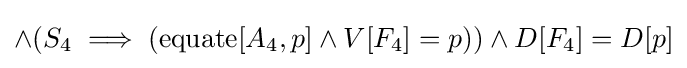
\land (S_{4}\implies (\operatorname {equate} [A_{4},p]\land V[F_{4}]=p))\land D[F_{4}]=D[p]